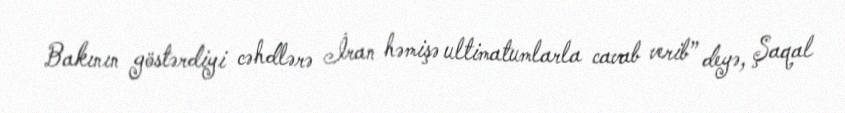
Bakının göstərdiyi cəhdlərə İran həmişə ultimatumlarla cavab verib” deyə, Şaqal